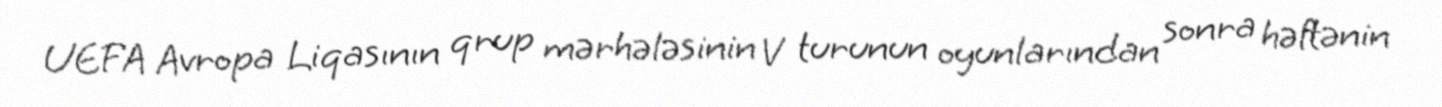
UEFA Avropa Liqasının qrup mərhələsinin V turunun oyunlarından sonra həftənin